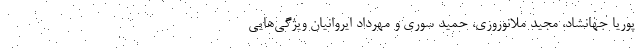
پوریا جهانشاد، مجید ملانوروزی، حمید سوری و مهرداد ایروانیان ویژگی‌هایی